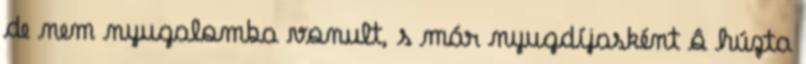
de nem nyugalomba vonult, s már nyugdíjasként ô húzta